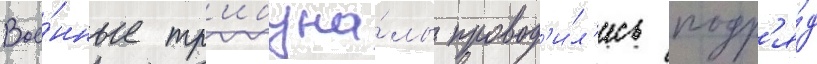
Вое́нные тр'ибуна́лы провод'и́л'ись подр'я́д